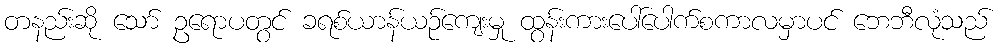
တနည်းဆို သော် ဥရောပတွင် ခရစ်ယာန်ယဉ်ကျေးမှု ထွန်းကားပေါ်ပေါက်စကာလမှာပင် ဘေဘီလုံသည်